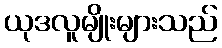
ယုဒလူမျိုးများသည်